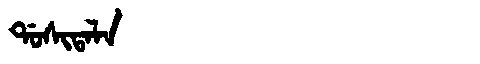
Manchu: ᡩᠣᠰᡳᡨᠠᠯᠠ
Romanization: DOSITALA